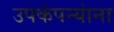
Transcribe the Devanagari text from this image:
उपकंपन्यांना